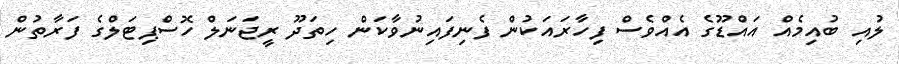
ލުއި ބުއިމެއް އައްޑޫގެ އެއްވެސް ފިހާރައަކުން ފެނިފައިނުވާކަން ހިތަދޫ ރީޖަނަލް ހޮސްޕިޓަލްގެ ފަރާތުން